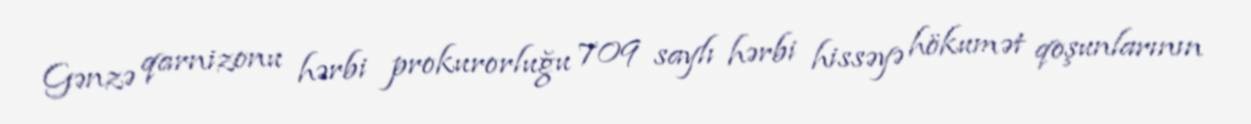
Gənzə qarnizonu hərbi prokurorluğu 709 saylı hərbi hissəyə hökumət qoşunlarının